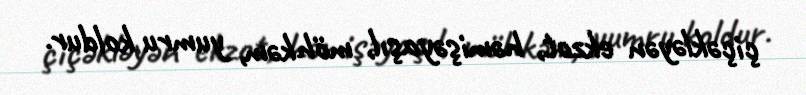
çiçəkləyən ekzot, həmişəyaşıl, möhkəm, yumru koldur.